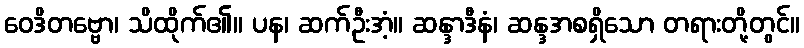
ဝေဒိတဗ္ဗော၊ သိထိုက်၏။ ပန၊ ဆက်ဦးအံ့။ ဆန္ဒာဒီနံ၊ ဆန္ဒအစရှိသော တရားတို့တွင်။